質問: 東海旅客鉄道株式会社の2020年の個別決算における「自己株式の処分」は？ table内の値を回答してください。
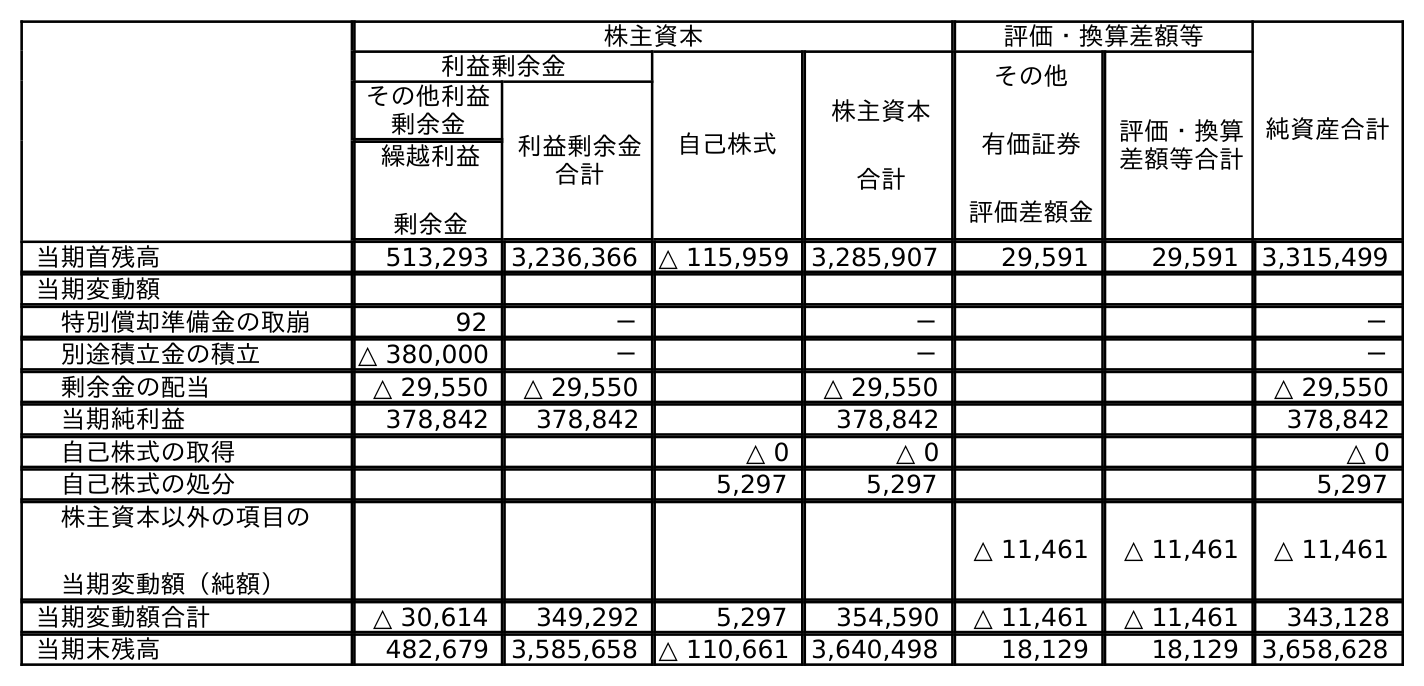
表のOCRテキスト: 株主資本 評価・換算差額等 純資産合計 利益剰余金 自己株式 株主資本 合計 その他 有価証券 評価差額金 評価・換算 差額等合計 その他利益 剰余金 利益剰余金 合計 繰越利益 剰余金 当期首残高 513,293 3,236,366 △ 115,959 3,285,907 29,591 29,591 3,315,499 当期変動額 特別償却準備金の取崩 92 － － － 別途積立金の積立 △ 380,000 － － － 剰余金の配当 △ 29,550 △ 29,550 △ 29,550 △ 29,550 当期純利益 378,842 378,842 378,842 378,842 自己株式の取得 △ 0 △ 0 △ 0 自己株式の処分 5,297 5,297 5,297 株主資本以外の項目の 当期変動額（純額） △ 11,461 △ 11,461 △ 11,461 当期変動額合計 △ 30,614 349,292 5,297 354,590 △ 11,461 △ 11,461 343,128 当期末残高 482,679 3,585,658 △ 110,661 3,640,498 18,129 18,129 3,658,628
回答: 5,297